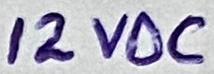
Text: 12VDC